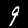
Digit: 9